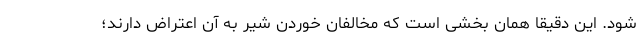
شود. این دقیقا همان بخشی است که مخالفان خوردن شیر به آن اعتراض دارند؛